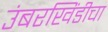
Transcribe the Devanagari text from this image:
उंबरखिंडीचा